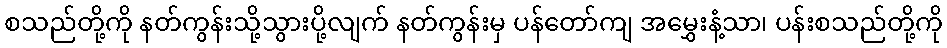
စသည်တို့ကို နတ်ကွန်းသို့သွားပို့လျက် နတ်ကွန်းမှ ပန်တော်ကျ အမွှေးနံ့သာ၊ ပန်းစသည်တို့ကို